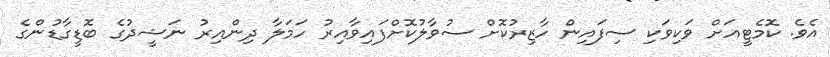
އެވެ. ކޮމެޓީއަށް ވަކިވަކި ސިފައިން ހާޒިރުކޮށް ސުވާލުކޮށްފައިވާއިރު ހަމަލާ ދިންއިރު ނަޝީދުގެ ބޮޑީގާޑުންގެ